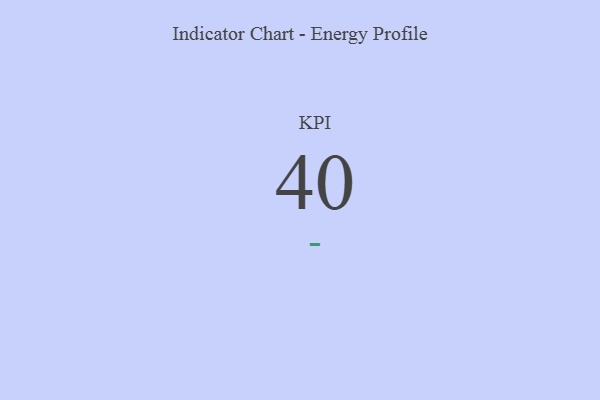
{"axis": {"x": "KPI", "y": "Value"}, "legend": [""], "data": [{"x": "KPI", "y": 40, "type": ""}]}